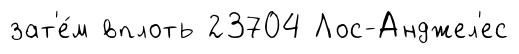
зат'е́м вплоть 23704 Лос-Анджел'ес